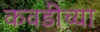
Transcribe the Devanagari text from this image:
कवडीच्या